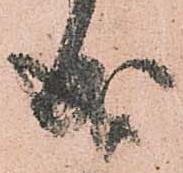
成